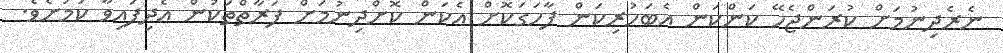
ނެރެދިނުމަށް ކުރަންޖެހޭ ކަންކަން އެބަހުރިކަން ފާހަގަކޮށް އެކަން ކޮށްދިނުމަށް ފަރާތްތަކުން އެދިފައިވާ ކަމަށެވެ.